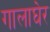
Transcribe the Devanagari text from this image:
गालाघेर